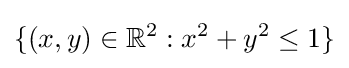
\{(x,y)\in \mathbb {R} ^{2}:x^{2}+y^{2}\leq 1\}